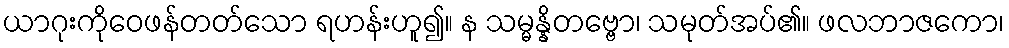
ယာဂုးကိုဝေဖန်တတ်သော ရဟန်းဟူ၍။ န သမ္မန္နိတဗ္ဗော၊ သမုတ်အပ်၏။ ဖလဘာဇကော၊